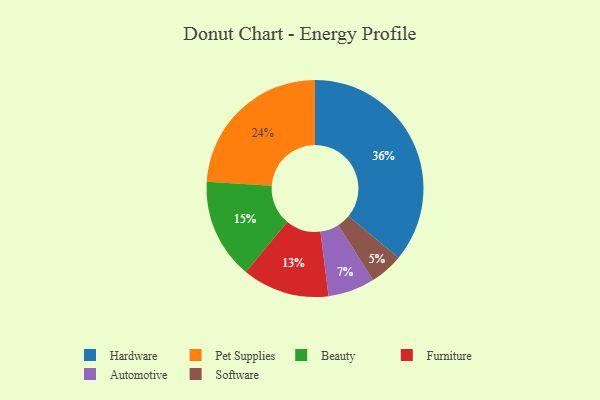
{"axis": {"x": "Category", "y": "Percentage"}, "legend": ["Automotive", "Beauty", "Furniture", "Hardware", "Pet Supplies", "Software"], "data": [{"x": "Pet Supplies", "y": 24, "type": "Pet Supplies"}, {"x": "Software", "y": 5, "type": "Software"}, {"x": "Beauty", "y": 15, "type": "Beauty"}, {"x": "Furniture", "y": 13, "type": "Furniture"}, {"x": "Hardware", "y": 36, "type": "Hardware"}, {"x": "Automotive", "y": 7, "type": "Automotive"}]}